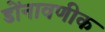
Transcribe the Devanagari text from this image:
डोंनावणीक